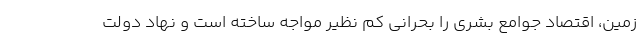
زمین، اقتصاد جوامع بشری را بحرانی کم نظیر مواجه ساخته است و نهاد دولت